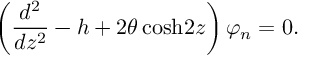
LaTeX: \left( { \frac { d ^ { 2 } } { d z ^ { 2 } } } - h + 2 \theta \, \mathrm { c o s h } 2 z \right) \varphi _ { n } = 0 .